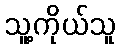
သူ့ကိုယ်သူ